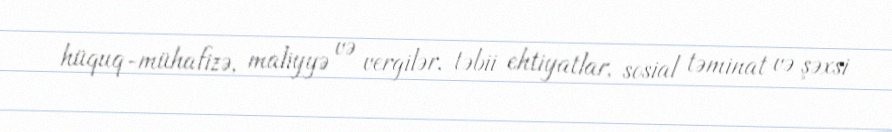
hüquq-mühafizə, maliyyə və vergilər, təbii ehtiyatlar, sosial təminat və şəxsi